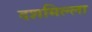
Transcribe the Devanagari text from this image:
दशमिल्ला